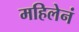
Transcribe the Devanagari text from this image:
महिलेनं